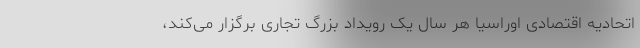
اتحادیه اقتصادی اوراسیا هر سال یک رویداد بزرگ تجاری برگزار می‌کند،